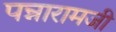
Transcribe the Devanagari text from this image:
पन्नारामजी